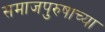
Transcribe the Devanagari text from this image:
समाजपुरुषाच्या